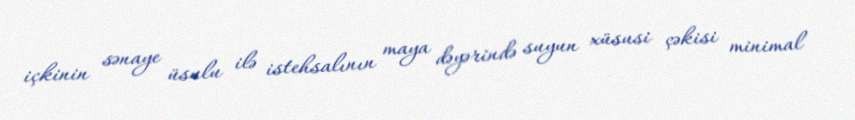
içkinin sənaye üsulu ilə istehsalının maya dəyərində suyun xüsusi çəkisi minimal